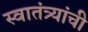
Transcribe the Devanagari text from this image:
स्वातंत्र्यांची